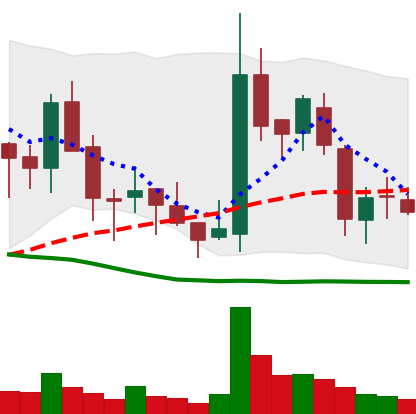
Ticker: BNB-USD
Chart end date: 2018-05-26
Forward return: 11.216%
Label: up_7plus